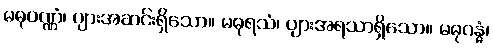
မဓုဝဏ္ဏံ၊ ပျားအဆင်းရှိသော။ မဓုရသံ၊ ပျားအရသာရှိသော။ မဓုဂန္ဓံ၊